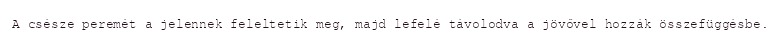
A csésze peremét a jelennek feleltetik meg, majd lefelé távolodva a jövővel hozzák összefüggésbe.